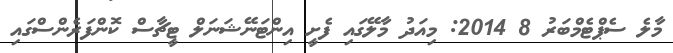
މާލެ ސެޕްޓެމްބަރު 8 2014: މިއަދު މާލޭގައި ފެށީ އިންޓަނޭޝަނަލް ޓީޗާސް ކޮންފަރެންސްގައި